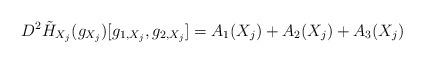
LaTeX: \begin{align*}D^2 \tilde H_{X_j}(g_{X_j})[g_{1,X_j},g_{2,X_j}] = A_{1}(X_j) + A_{2}(X_j) + A_{3}(X_j)\end{align*}